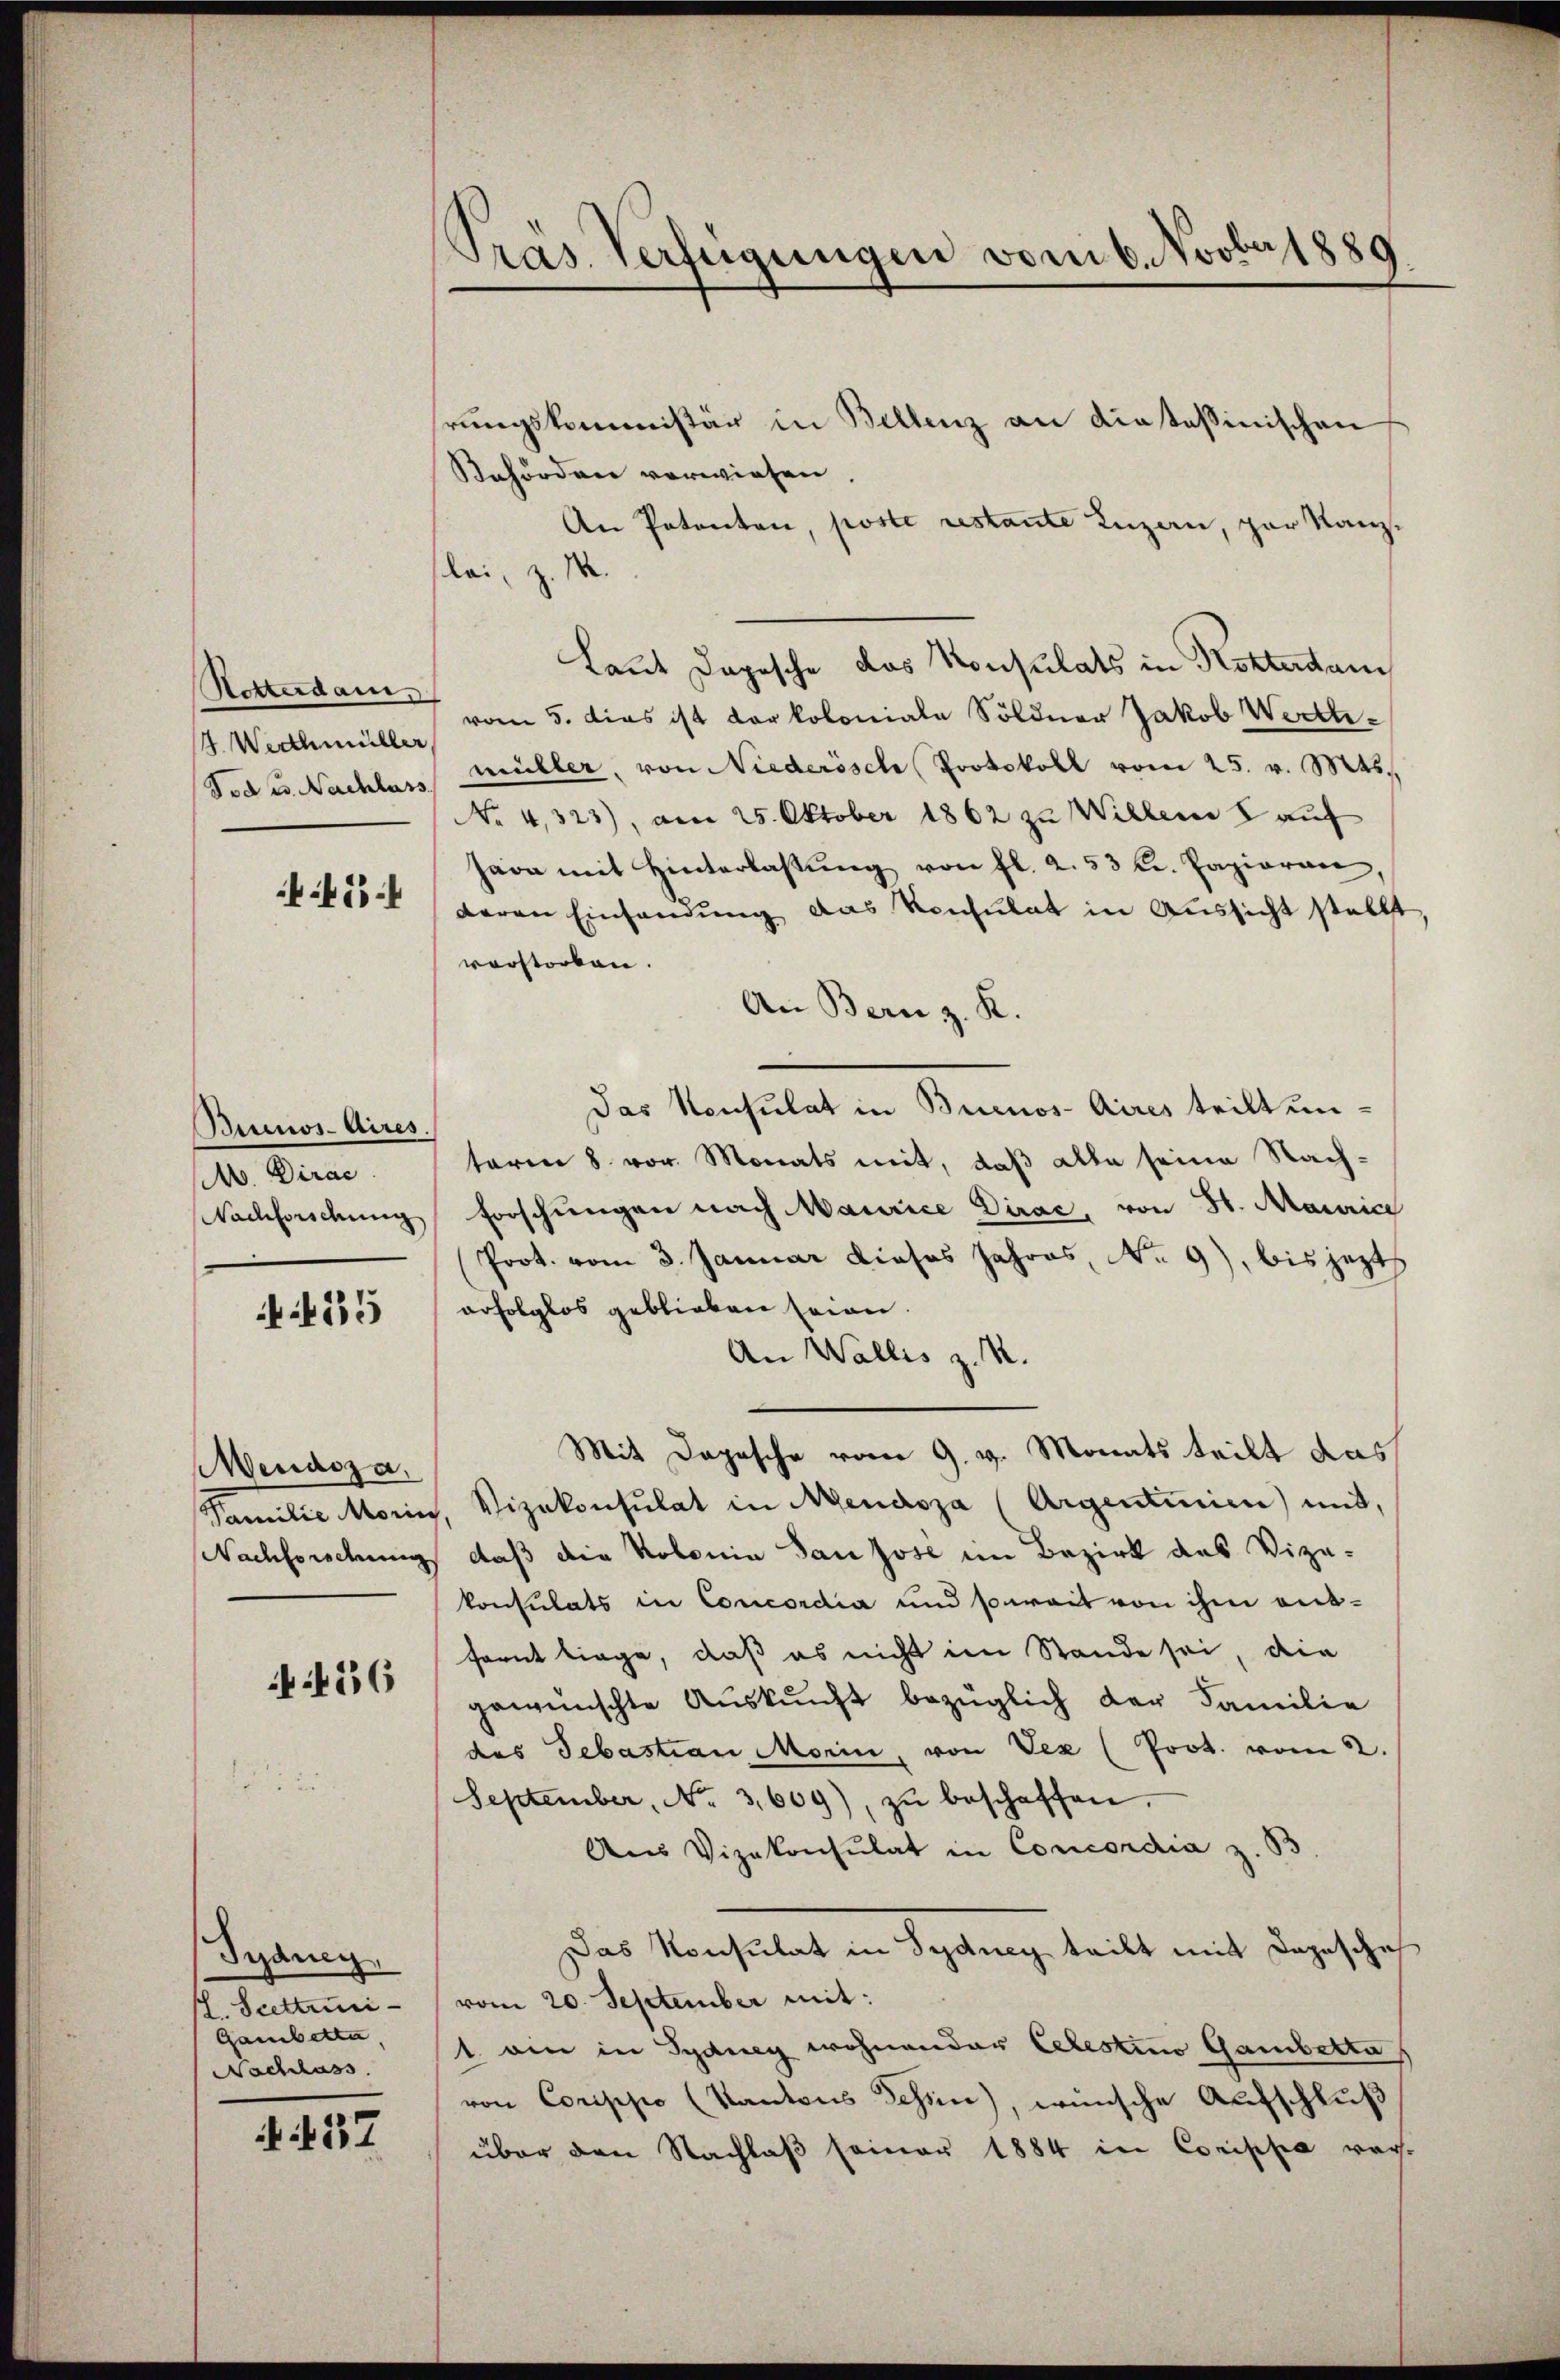
Rotterdam.
. Werthmüller
Tod u. Nachlass

45

Buenos-Aires.
v. Dirac
Nachforidung

25

Mendoza,

156

Träneg.
H. Scettini
Gambetta,
Nachlass

437

Präs. Verfügungen vom 6. Novber 1889

hrungskommissär in Billenz an diatessinischen
Behörden verwiesen.
An Petenten, poste restante Luzern, par Kanzlei, z. M.
.
Laut Depesche das Konsulats in Kosterdan
vom 5. dies ist der koloniale Söldner Jakob Werth
müller, von Niederösche Protokoll vom 25. v. Mts.
No 4,323), am 25. Oktober 1862 zu Willene 8 auf
Jara mit Hinterlassŭng von fl. 2. 53 kr. Papieren,
deren Einsandŭng das Konsulat in Aussicht stellt,
vorstorben.
An Bern z. R.
Das Konsulat in Buenos-Aires teilt un-
teren 8. vor. Monats mit, daß alle seine Nach¬
Forschungen nach Maurice Dirac, von St. Maurice
Prot. vom 3. Januar dieses Jahres, No. 9), bis jetzt
orfolglos geblieben seien.
An Wallis z. R.
Mit Depesche vom 9. v. Monats teilt das
Familie Morin, Vizekonsulat in Mendoza (Argentinien) mit,
Nachforschung daß die Kolonia San Jose im Bezirk des Vize-
konsulats in Concordia und soweit von ihm ausfernt liege, daß es nicht im Stande sei, die
gewünschte Auskunft bezüglich der Familie
des Sebastian Morin, von Vez (Prot. vom 2.
September, No 3,609), zŭ beschaffen.
Aus Vizekonsulat in Concordia z. 33
Das Konsulat in Sydney teilt mit Dopische
vom 20. September mit:
1 ein in Sydney wohnender Celestimo Gambetta
von Corippo (Kantons Schin), wünsche Aufschluß
über den Nachlaβ seiner 1884 in Corippe rach-